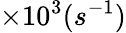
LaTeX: \times 10^{3}(s^{-1})